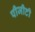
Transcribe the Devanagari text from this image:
पीजीटी